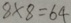
8 \times 8 = 6 4